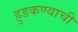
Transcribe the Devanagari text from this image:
हुडकण्याची